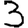
Digit: 3